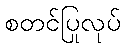
စတင်ပြုလုပ်